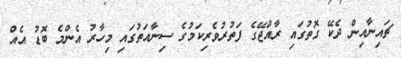
ޗައިނާއިން ދެކޭ ގޮތުގައި ރާއްޖޭގެ ފަތުރުވެރިކަމުގެ ސިނާއަތުގައި މިހާރު އެންމެ ބޮޑު އެއް